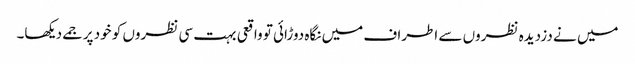
میں نے دزدیدہ نظروں سے اطراف میں نگاہ دوڑائی تو واقعی بہت سی نظروں کو خود پر جمے دیکھا۔